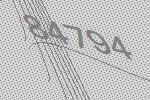
84794